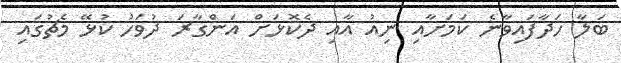
ބަލާ ހަދާފައިވާނެ ކަމަށާއި ނިއު އާއި ދެކޮޅަށް އަންގާރަ ދުވަހު ކުޅޭ މެޗުގައި